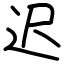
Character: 迟